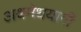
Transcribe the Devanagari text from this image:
अश्वमेधयागी